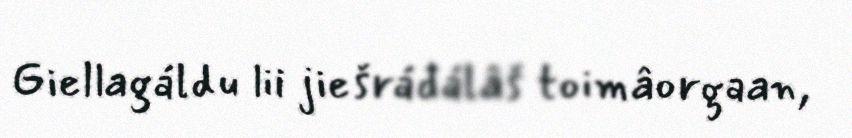
Giellagáldu lii jiešráđálâš toimâorgaan,